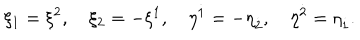
\xi _ { 1 } = \xi ^ { 2 } , \quad \xi _ { 2 } = - \xi ^ { 1 } , \quad \eta ^ { \dot { 1 } } = - \eta _ { \dot { 2 } } , \quad \eta ^ { \dot { 2 } } = \eta _ { \dot { 1 } } .